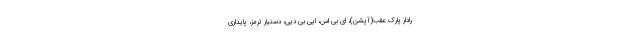
رادار پارک عقب(آپشن)، ای بی اس، ایی بی دیی، دستیار ترمز، پایداری